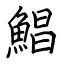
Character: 鯧